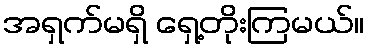
အရှက်မရှိ ရှေ့တိုးကြမယ်။